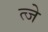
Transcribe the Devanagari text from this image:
त्जे